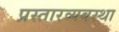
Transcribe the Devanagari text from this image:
प्रस्तारव्यवस्था